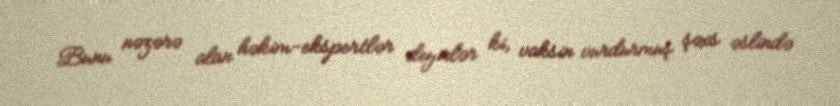
Bunu nəzərə alan həkim-ekspertlər deyirlər ki, vaksin vurdurmuş şəxs əslində